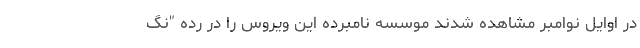
در اوایل نوامبر مشاهده شدند موسسه نامبرده این ویروس را در رده "نگ